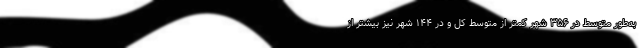
به‌طور متوسط در ۳۵۶ شهر کمتر از متوسط کل و در ۱۴۴ شهر نیز بیشتر از